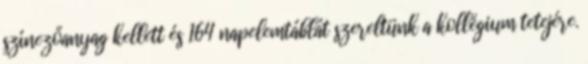
színezőanyag kellett és 164 napelemtáblát szereltünk a kollégium tetejére.